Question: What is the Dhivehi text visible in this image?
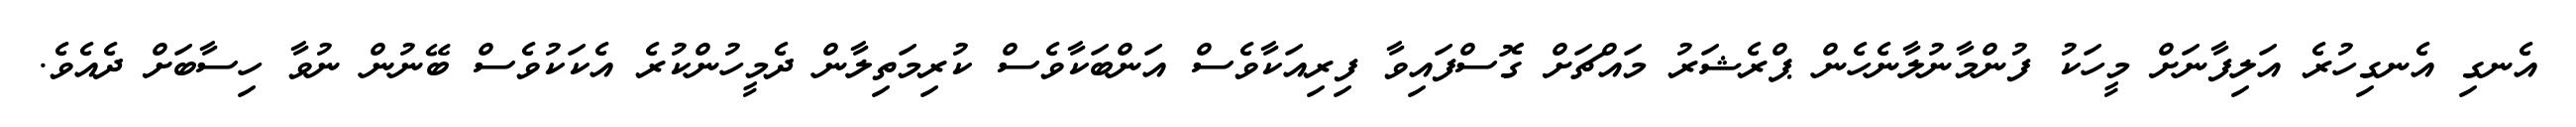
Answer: އެނގި އެނގިހުރެ އަލިފާނަށް މީހަކު ފުންމާނުލާނެހެން ޕްރެޝަރު މައްޗަށް ގޮސްފައިވާ ފިރިއަކާވެސް އަންބަކާވެސް ކުރިމަތިލާން ދެމީހުންކުރެ އެކަކުވެސް ބޭނުން ނުވާ ހިސާބަށް ދެއެވެ.